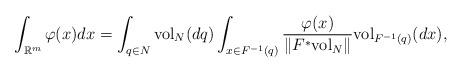
LaTeX: \begin{align*}\int_{\mathbb{R}^{m}}\varphi(x)dx=\int_{q\in N}\mathrm{vol}_{N}(dq)\int_{x\in F^{-1}(q)}\frac{\varphi(x)}{\|F^*\mathrm{vol}_{N}\|}\mathrm{vol}_{F^{-1}(q)}(dx),\end{align*}